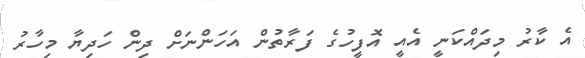
އެ ކާރު މިދައްކަނީ އެއީ އޮފީހުގެ ފަރާތުން އަހަންނަށް ދިން ހަދިޔާ މިހާރު